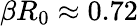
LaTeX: \beta R_{0}\approx 0.72